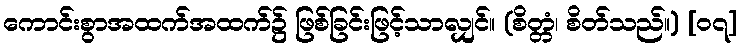
ကောင်းစွာအထက်အထက်၌ ဖြစ်ခြင်းဖြင့်သာလျှင်။ (စိတ္တံ၊ စိတ်သည်။) [၀၇]